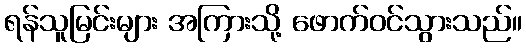
ရန်သူမြင်းများ အကြားသို့ ဖောက်ဝင်သွားသည်။